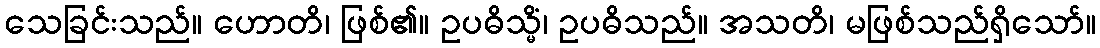
သေခြင်းသည်။ ဟောတိ၊ ဖြစ်၏။ ဥပဓိသ္မိံ၊ ဥပဓိသည်။ အသတိ၊ မဖြစ်သည်ရှိသော်။